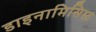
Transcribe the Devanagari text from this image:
डाइनामिसिस्ट